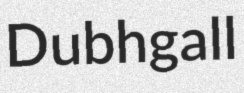
Dubhgall